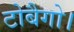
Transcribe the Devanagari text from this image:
टोबैगो।